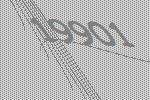
19901